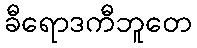
ခီရောဒကီဘူတေ